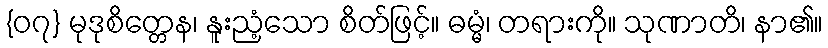
{၀၇} မုဒုစိတ္တေန၊ နူးညံ့သော စိတ်ဖြင့်။ ဓမ္မံ၊ တရားကို။ သုဏာတိ၊ နာ၏။